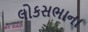
લોકસભાના